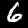
Digit: 6